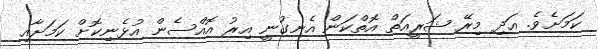
ކަމަށެވެ. އަދި މިރޭ ޝަރީއަތް އޮތްކަން އެނގުނީ އިރު އޮއްސެން އުޅެނިކޮށް ކަމަށާއި